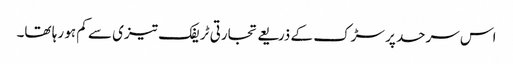
اس سرحد پر سڑک کے ذریعے تجارتی ٹریفک تیزی سے کم ہو رہا تھا۔